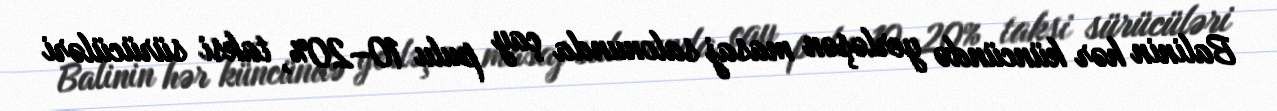
Balinin hər küncündə yerləşən masaj salonunda çay pulu 10–20%, taksi sürücüləri